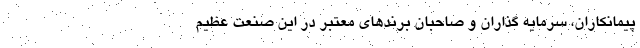
پیمانکاران، سرمایه گذاران و صاحبان برندهای معتبر در این صنعت عظیم